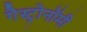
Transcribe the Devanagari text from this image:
गैस्ट्रोनॉमी